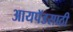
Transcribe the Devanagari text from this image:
आयपॅडसाठी